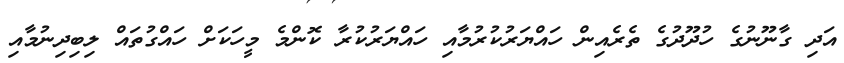
އަދި ގާނޫނުގެ ހުދޫދުގެ ތެރެއިން ހައްޔަރުކުރުމާއި ހައްޔަރުކުރާ ކޮންމެ މީހަކަށް ހައްގުތައް ލިބިދިނުމާއި